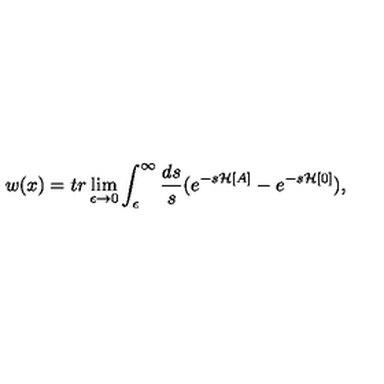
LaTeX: w ( x ) = t r \lim _ { \epsilon \to 0 } \int _ { \epsilon } ^ { \infty } \frac { d s } { s } ( e ^ { - s { \mathcal H } [ A ] } - e ^ { - s { \mathcal H } [ 0 ] } ) ,